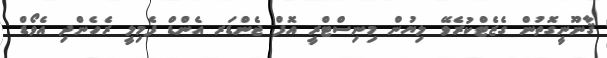
ޤާނޫނީގޮތުން ގެޒެޓްކުރެވޭ ލިޔުން މިނިސްޓްރީ އޮފް ޖެންޑަރ އެންޑް ފެމިލީ ރެހެންދި އެވޯޑް